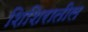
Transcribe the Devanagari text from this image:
शिशिरातील